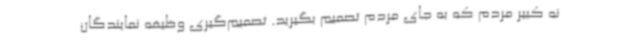
نه کبیر مردم که به جای مردم تصمیم بگیرید. تصمیم‌گیری وظیفه نمایندگان